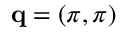
\mathbf { q } = ( \pi , \pi )